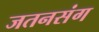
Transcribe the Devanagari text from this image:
जतनसंग